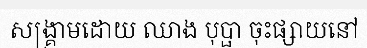
សង្គ្រាមដោយ ឈាង បុប្ផា ចុះផ្សាយនៅ